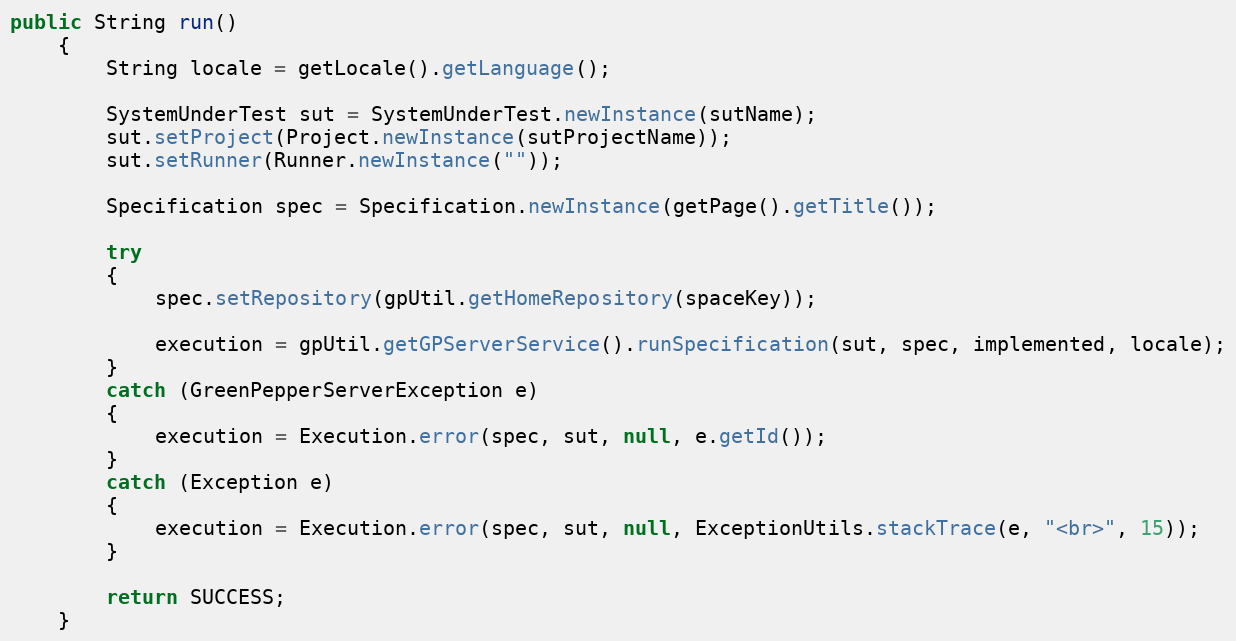
Language: Java
public String run()
    {
		String locale = getLocale().getLanguage();

		SystemUnderTest sut = SystemUnderTest.newInstance(sutName);
		sut.setProject(Project.newInstance(sutProjectName));
		sut.setRunner(Runner.newInstance(""));

		Specification spec = Specification.newInstance(getPage().getTitle());

		try
		{
			spec.setRepository(gpUtil.getHomeRepository(spaceKey));

        	execution = gpUtil.getGPServerService().runSpecification(sut, spec, implemented, locale);
        }
        catch (GreenPepperServerException e)
        {
            execution = Execution.error(spec, sut, null, e.getId());
        }
        catch (Exception e)
        {
            execution = Execution.error(spec, sut, null, ExceptionUtils.stackTrace(e, "<br>", 15));
        }

        return SUCCESS;
    }